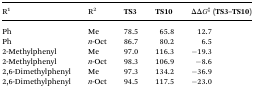
<table><thead><tr><td><b>R<sup>1</sup></b></td><td><b>R<sup>2</sup></b></td><td><b>TS3</b></td><td><b>TS10</b></td><td><b>ΔΔ<i>G</i><sup>‡</sup> (TS3–TS10)</b></td></tr></thead><tbody><tr><td>Ph</td><td>Me</td><td>78.5</td><td>65.8</td><td>12.7</td></tr><tr><td>Ph</td><td><i>n</i>-Oct</td><td>86.7</td><td>80.2</td><td>6.5</td></tr><tr><td>2-Methylphenyl</td><td>Me</td><td>97.0</td><td>116.3</td><td>–19.3</td></tr><tr><td>2-Methylphenyl</td><td><i>n</i>-Oct</td><td>98.3</td><td>106.9</td><td>–8.6</td></tr><tr><td>2,6-Dimethylphenyl</td><td>Me</td><td>97.3</td><td>134.2</td><td>–36.9</td></tr><tr><td>2,6-Dimethylphenyl</td><td><i>n</i>-Oct</td><td>94.5</td><td>117.5</td><td>–23.0</td></tr></tbody></table>